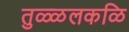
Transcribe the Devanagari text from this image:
तुळ्ळलकळि